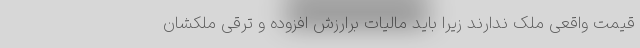
قیمت واقعی ملک ندارند زیرا باید مالیات برارزش افزوده و ترقی ملکشان